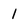
Character: 1